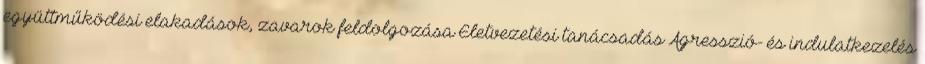
együttműködési elakadások, zavarok feldolgozása Életvezetési tanácsadás Agresszió- és indulatkezelés